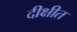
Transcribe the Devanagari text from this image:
दीक्षीत